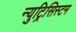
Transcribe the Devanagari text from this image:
न्युट्रिसिस्टम